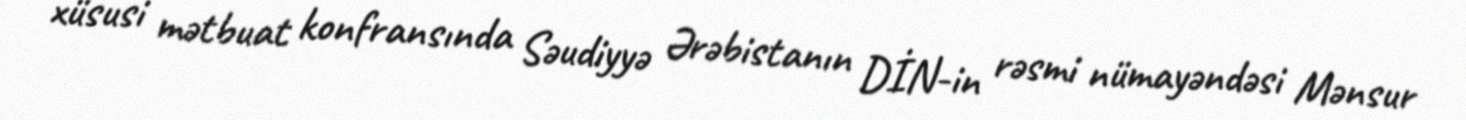
xüsusi mətbuat konfransında Səudiyyə Ərəbistanın DİN-in rəsmi nümayəndəsi Mənsur